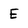
Character: E